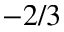
- 2 / 3